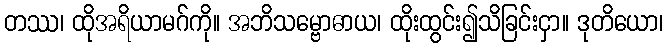
တဿ၊ ထိုအရိယာမဂ်ကို။ အဘိသမ္ဗောဓာယ၊ ထိုးထွင်း၍သိခြင်းငှာ။ ဒုတိယော၊